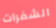
الشفرات